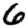
Digit: 6